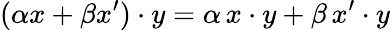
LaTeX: (\alpha x+\beta x^{\prime})\cdot y=\alpha\, x\cdot y+\beta\, x^{\prime}\cdot y